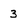
Character: 3